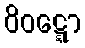
ဝိဝဋ္ဋော